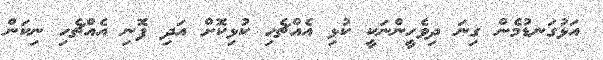
އަޅުގަނޑުމެން ގިނަ ދިވެހީންނަކީ ކުޅި އެއްޗެހި ކުޅިކޮށް އަދި ފޮނި އެއްޗެހި ނިކަން